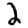
Digit: 2